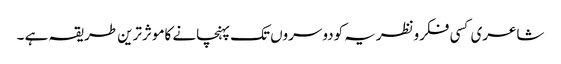
شاعری کسی فکرونظریہ کودوسروں تک پہنچانے کاموثرترین طریقہ ہے ۔